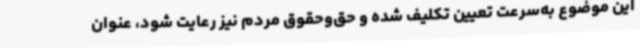
این موضوع به‌سرعت تعیین تکلیف شده و حق‌وحقوق مردم نیز رعایت شود، عنوان